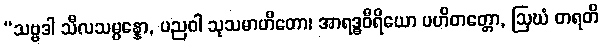
“သဗ္ဗဒါ သီလသမ္ပန္နော, ပညဝါ သုသမာဟိတော၊ အာရဒ္ဓဝီရိယော ပဟိတတ္တော, ဩဃံ တရတိ